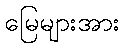
မြေများအား